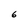
Character: 6